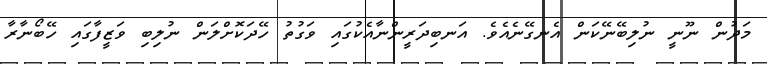
މަދުން ނޫނީ ނުލިބޭނޭކަން އެނގޭނެއެވެ. އަނބިދަރީންނާއެކުގައި ވަގުތު ހޭދަކޮށްލަން ނުލިބި ވަޒީފާގައި ހޭބޯނާރާ